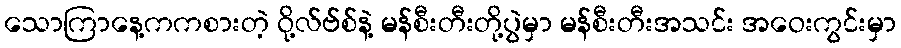
သောကြာနေ့ကကစားတဲ့ ဝို့လ်ဗ်စ်နဲ့ မန်စီးတီးတို့ပွဲမှာ မန်စီးတီးအသင်း အဝေးကွင်းမှာ